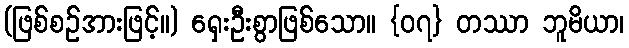
(ဖြစ်စဉ်အားဖြင့်။) ရှေးဦးစွာဖြစ်သော။ {၀၇} တဿာ ဘူမိယာ၊